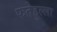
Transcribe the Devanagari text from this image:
फतेहुल्ला